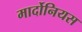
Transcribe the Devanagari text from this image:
मार्दोनियस